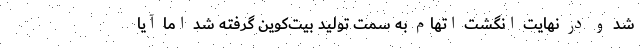
شد و در نهایت انگشت اتهام به سمت تولید بیت‌کوین گرفته شد اما آیا